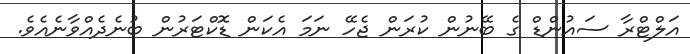
އަލްޓްރާ ސައުންޑް ގެ ބޭނުން ކުރަން ޖެހޭ ނަމަ އެކަން ޑޮކްޓަރުން ބުނެދެއްވާނެއެވެ.